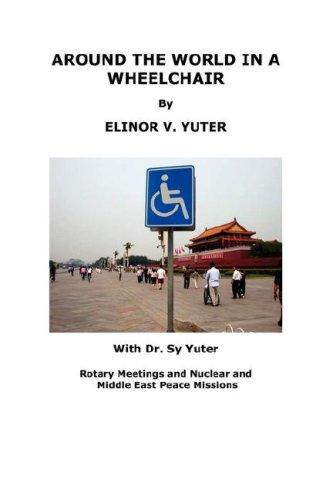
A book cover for AROUND THE WORLD IN A WHEELCHAIR, Rotary Meetings and Nuclear and Middle East Peace Missions; Elinor V. Yuter; Travel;